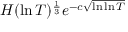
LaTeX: H ( \ln T ) ^ { \frac { 1 } { 3 } } e ^ { - c { \sqrt { \ln \ln T } } }